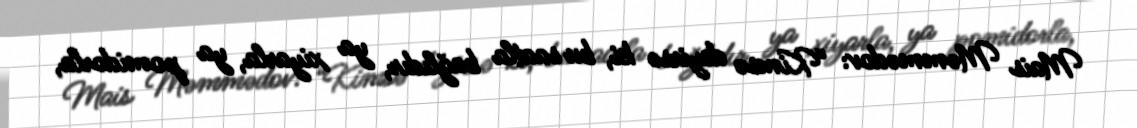
Mais Məmmədov: “Kimsə deyirsə ki, bu saatla bağlıdır, ya xiyarla, ya pomidorla,